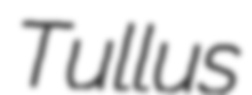
Tullus